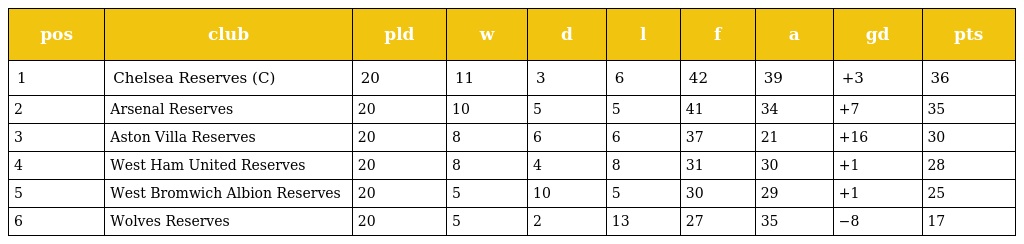
| pos | club | pld | w | d | l | f | a | gd | pts |
 | --- | --- | --- | --- | --- | --- | --- | --- | --- | --- |
 | 1 | Chelsea Reserves (C) | 20 | 11 | 3 | 6 | 42 | 39 | +3 | 36 |
 | 2 | Arsenal Reserves | 20 | 10 | 5 | 5 | 41 | 34 | +7 | 35 |
 | 3 | Aston Villa Reserves | 20 | 8 | 6 | 6 | 37 | 21 | +16 | 30 |
 | 4 | West Ham United Reserves | 20 | 8 | 4 | 8 | 31 | 30 | +1 | 28 |
 | 5 | West Bromwich Albion Reserves | 20 | 5 | 10 | 5 | 30 | 29 | +1 | 25 |
 | 6 | Wolves Reserves | 20 | 5 | 2 | 13 | 27 | 35 | −8 | 17 |